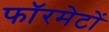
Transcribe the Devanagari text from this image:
फॉरमेटों